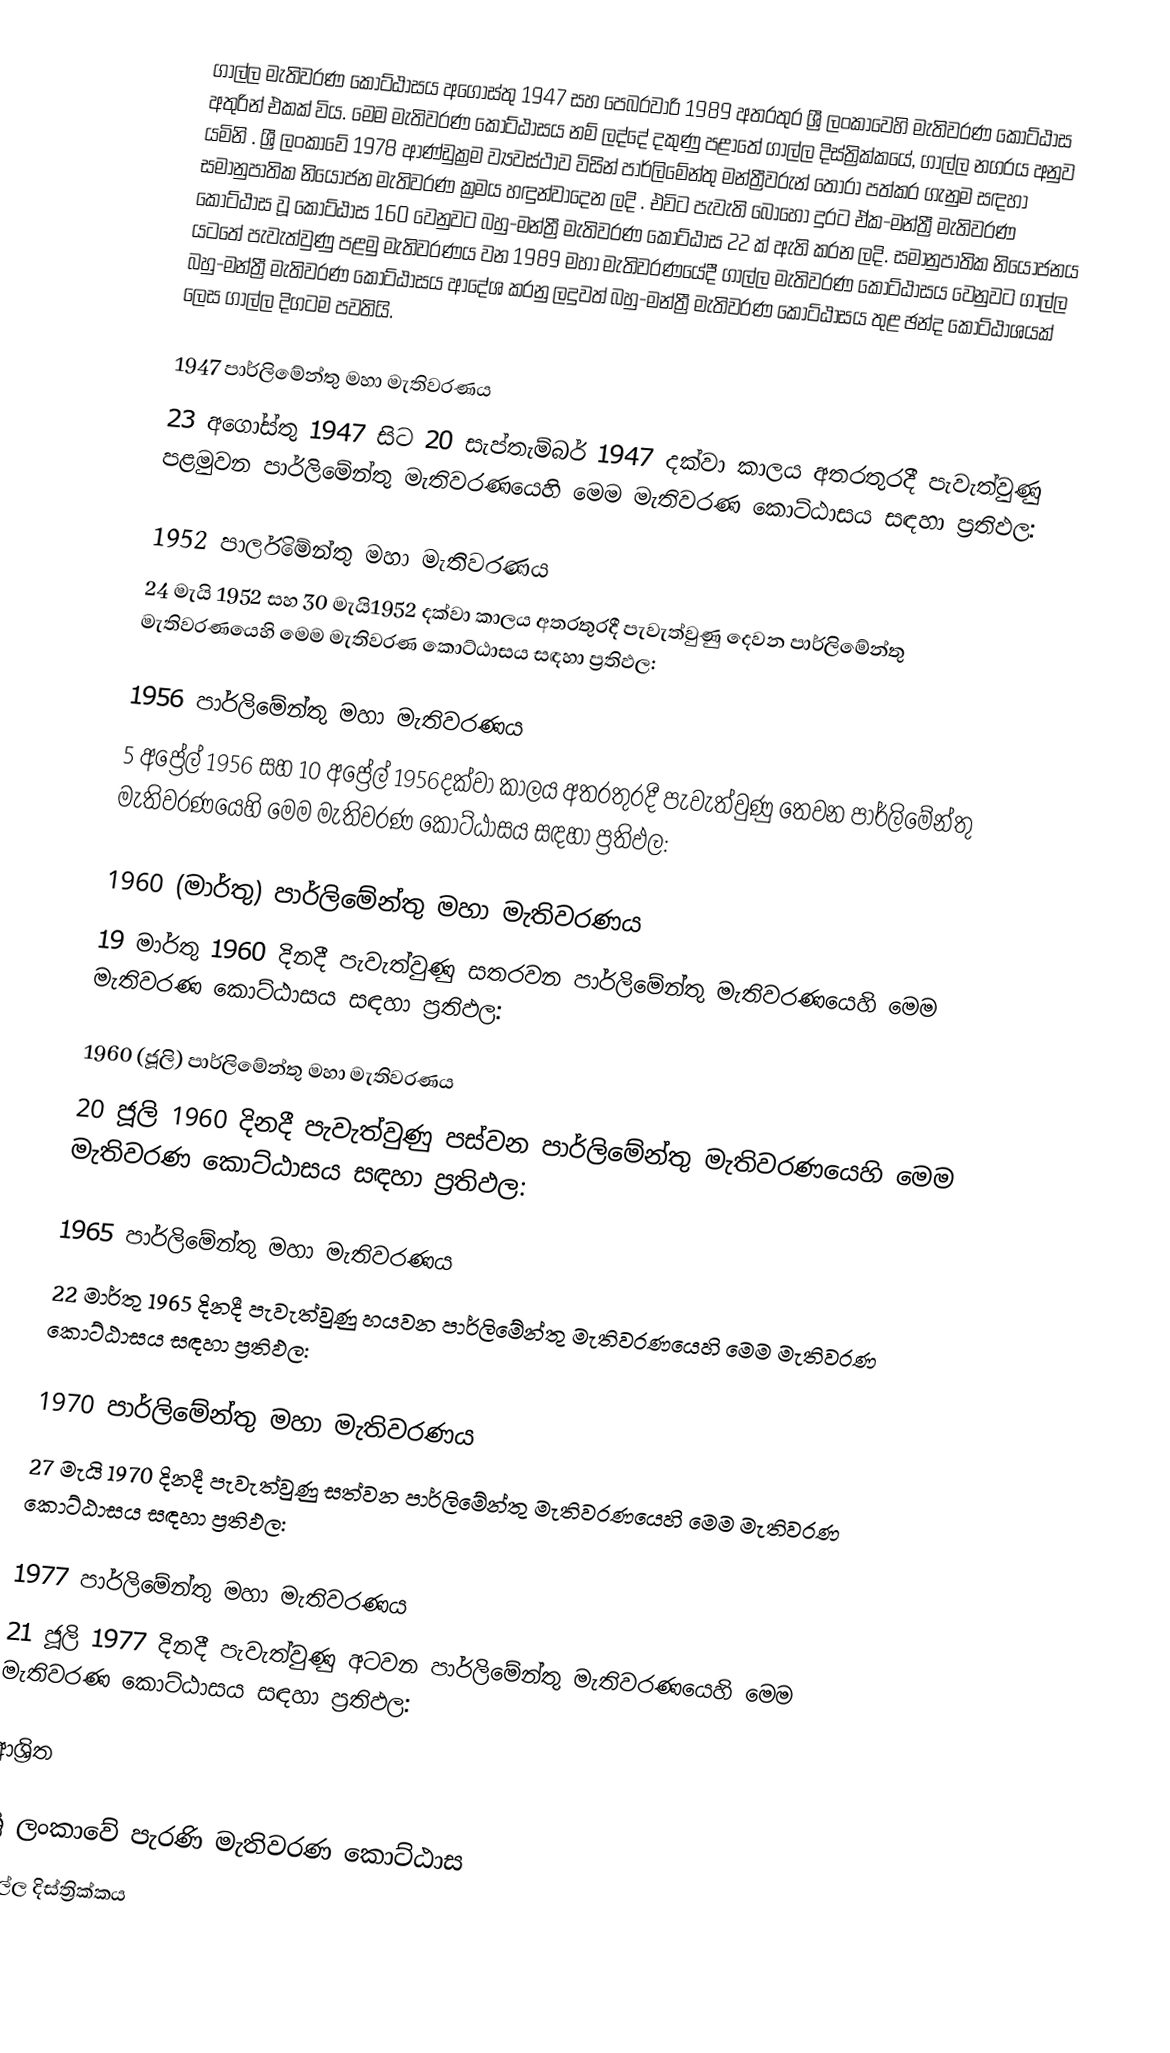
ගාල්ල මැතිවරණ කොට්ඨාසය  අගෝස්තු 1947 සහ පෙබරවාරි 1989 අතරතුර  ශ්‍රී ලංකාවෙහි  මැතිවරණ කොට්ඨාස අතුරින් එකක් විය. මෙම මැතිවරණ කොට්ඨාසය නම් ලද්දේ දකුණු පළාතේ  ගාල්ල දිස්ත්‍රික්කයේ,  ගාල්ල නගරය අනුව යමිනි . ශ්‍රී ලංකාවේ 1978 ආණ්ඩුක්‍රම ව්‍යවස්ථාව විසින්   පාර්ලිමේන්තු මන්ත්‍රීවරුන් තෝරා පත්කර ගැනුම සඳහා සමානුපාතික නියෝජන මැතිවරණ ක්‍රමය හඳුන්වාදෙන ලදි . එවිට පැවැති බොහෝ දුරට  ඒක-මන්ත්‍රී මැතිවරණ කොට්ඨාස වූ කොට්ඨාස 160 වෙනුවට බහු-මන්ත්‍රී මැතිවරණ කොට්ඨාස 22 ක් ඇති කරන ලදි. සමානුපාතික නියෝජනය යටතේ පැවැත්වුණු පළමු මැතිවරණය වන 1989 මහා මැතිවරණයේදී  ගාල්ල මැතිවරණ කොට්ඨාසය වෙනුවට  ගාල්ල බහු-මන්ත්‍රී මැතිවරණ කොට්ඨාසය  ආදේශ කරනු ලදුවත් බහු-මන්ත්‍රී මැතිවරණ කොට්ඨාසය තුළ ඡන්ද කොට්ඨාශයක් ලෙස ගාල්ල දිගටම පවතියි.

1947 පාර්ලිමේන්තු මහා මැතිවරණය
23 අගෝස්තු 1947 සිට 20 සැප්තැම්බර් 1947 දක්වා කාලය අතරතුරදී පැවැත්වුණු  පළමුවන පාර්ලිමේන්තු මැතිවරණයෙහි මෙම මැතිවරණ කොට්ඨාසය සඳහා ප්‍රතිඵල:

1952 පාර්ලිමේන්තු මහා මැතිවරණය
24 මැයි 1952 සහ 30 මැයි1952 දක්වා කාලය අතරතුරදී පැවැත්වුණු  දෙවන පාර්ලිමේන්තු මැතිවරණයෙහි මෙම මැතිවරණ කොට්ඨාසය සඳහා ප්‍රතිඵල:

1956 පාර්ලිමේන්තු මහා මැතිවරණය
5 අප්‍රේල් 1956 සහ 10 අප්‍රේල් 1956දක්වා කාලය අතරතුරදී පැවැත්වුණු  තෙවන පාර්ලිමේන්තු මැතිවරණයෙහි මෙම මැතිවරණ කොට්ඨාසය සඳහා ප්‍රතිඵල:

1960 (මාර්තු) පාර්ලිමේන්තු මහා මැතිවරණය
19 මාර්තු 1960 දිනදී පැවැත්වුණු  සතරවන පාර්ලිමේන්තු මැතිවරණයෙහි මෙම මැතිවරණ කොට්ඨාසය සඳහා ප්‍රතිඵල:

1960 (ජූලි) පාර්ලිමේන්තු මහා මැතිවරණය
20 ජූලි 1960 දිනදී පැවැත්වුණු  පස්වන පාර්ලිමේන්තු මැතිවරණයෙහි මෙම මැතිවරණ කොට්ඨාසය සඳහා ප්‍රතිඵල:

1965 පාර්ලිමේන්තු මහා මැතිවරණය
22 මාර්තු 1965  දිනදී පැවැත්වුණු  හයවන පාර්ලිමේන්තු මැතිවරණයෙහි මෙම මැතිවරණ කොට්ඨාසය සඳහා ප්‍රතිඵල:

1970 පාර්ලිමේන්තු මහා මැතිවරණය
27 මැයි 1970 දිනදී පැවැත්වුණු  සත්වන පාර්ලිමේන්තු මැතිවරණයෙහි මෙම මැතිවරණ කොට්ඨාසය සඳහා ප්‍රතිඵල:

1977 පාර්ලිමේන්තු මහා මැතිවරණය
21 ජූලි 1977 දිනදී පැවැත්වුණු  අටවන පාර්ලිමේන්තු මැතිවරණයෙහි මෙම මැතිවරණ කොට්ඨාසය සඳහා ප්‍රතිඵල:

ආශ්‍රිත

ශ්‍රී ලංකාවේ පැරණි මැතිවරණ කොට්ඨාස
ගාල්ල දිස්ත්‍රික්කය